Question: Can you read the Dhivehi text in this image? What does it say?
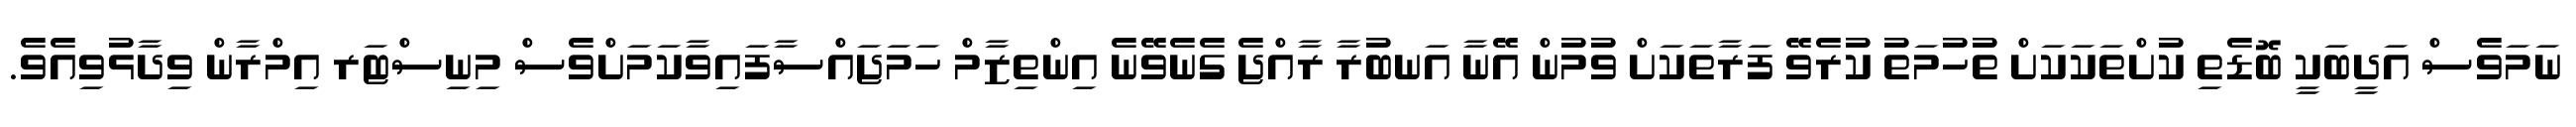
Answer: ނަމަވެސް އަދީބަކީ ބޮޑެތި ކުށްތަކަކަށް ތުހުމަތު ކުރެވޭ ފަރާތަކަށް ވުމުން އޭނާ އަނބުރާ ރާއްޖެ ގެނެވޭނެ އިންތިޒާމް ހަމަޖައްސާފައިވާކަމަށްވެސް މިނިސްޓަރ އިމްރާން ވިދާޅުވިއެވެ.